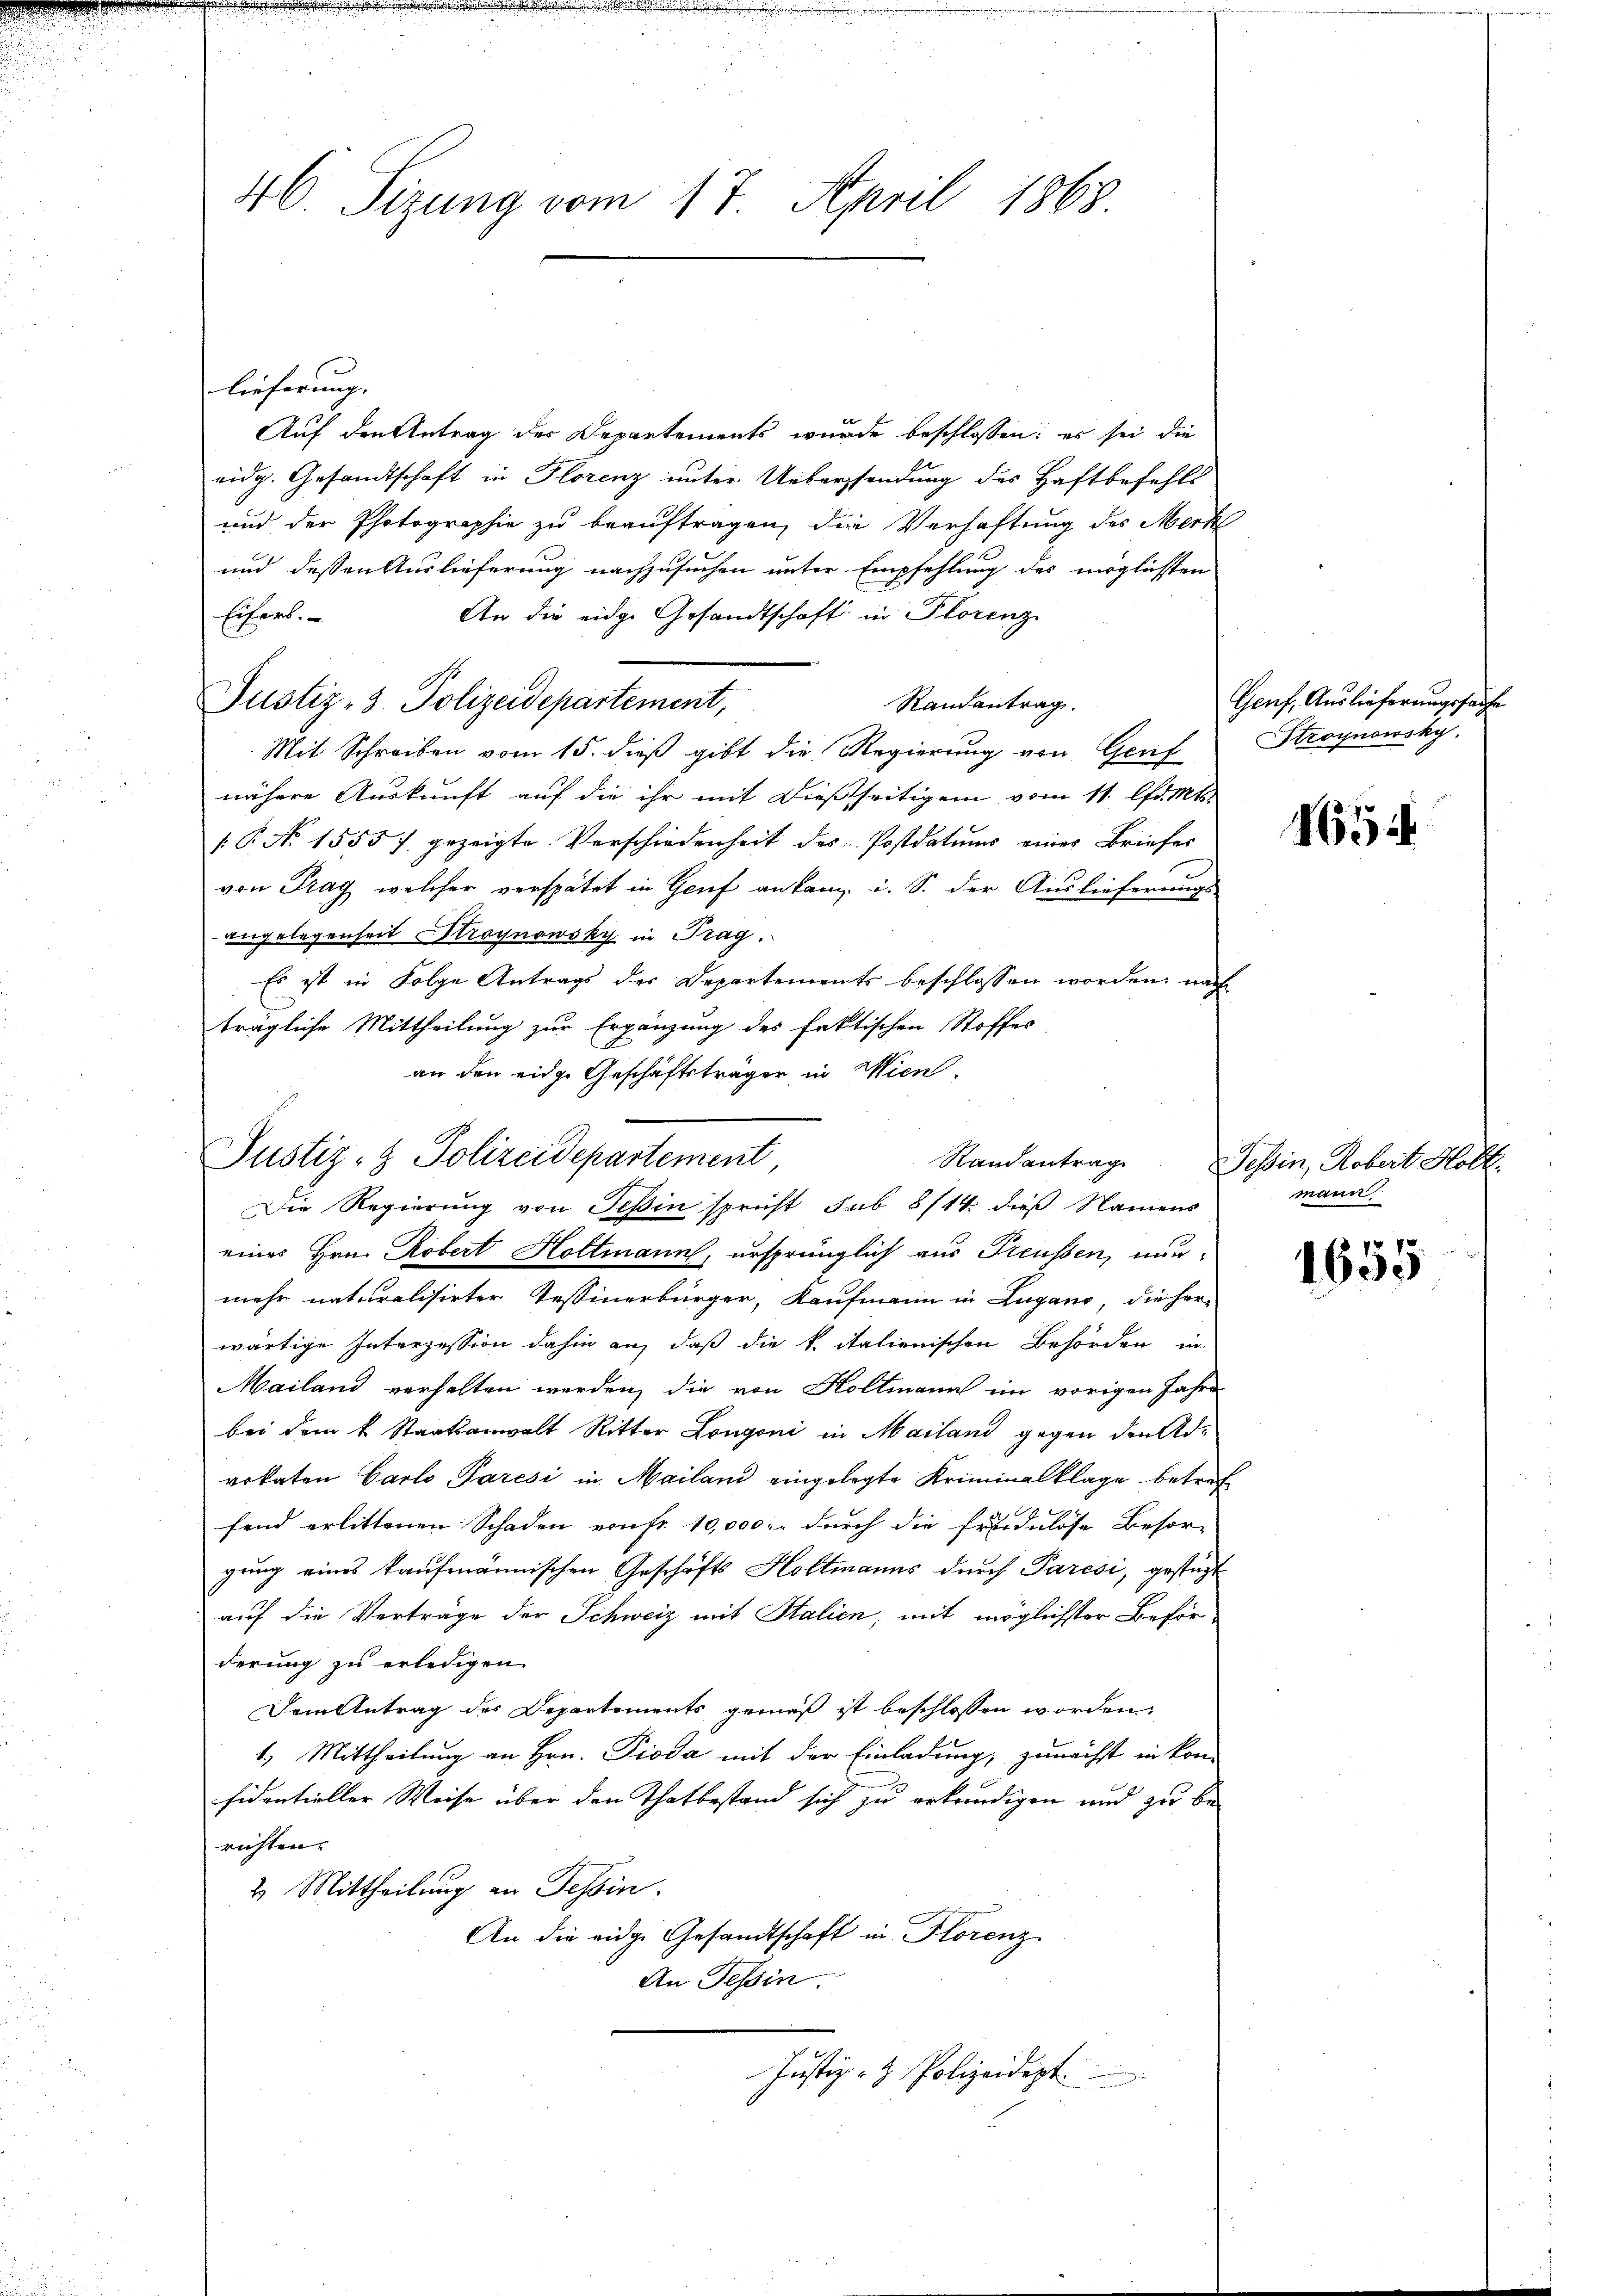
46. Sizung vom 17. April 1868

lieferung.
Auf den Antrag der Departements wurde beschlossen: es sei die
eidg. Gesandtschaft in Florenz unter Uebersendung des Haftbefehls
und der Photographie zu beauftragen, die Verhaftung des Merk
und dessen Auslieferung nachzusuchen unter Empfehlung des möglichten
An die eidge Gesandtschaft in Florenz
Eifers.
Randantrag.
Justiz- & Polizeidepartement,
Mit Schreiben vom 15. dieß gibt die Regierung von Genf
nähere Auskunft auf die ihr mit dießseitigen vom 11. lt. Mts.
[P No 1555 f. gezeigte Verschiedenheit des Postdatums eines Briefes
von Prag, welcher verspätet in Genf ankam, i. S. der Auslieferungs-
angelegenheit Stroynowsky in Trag
Es ist in Folge Antrags der Departements beschlossen worden, nach
trägliche Mittheilung zur Ergänzung des faktischen Stoffes
an den eidge Geschäftsträger in Wien.
eines Hrn. Robert Holtmann, ursprünglich aus Preussen, nunmehr naturalisirter Tessinerbürger, Kaufmann in Lugano, die her-
wärtige Interpession dahin an, daß die k. italienischen Behörden in
Mailand verhalten werden, die von Hollmann ein vorigen Jahre
bei dem k. Staatsanwalt Ritter Longoni in Mailand gegen den Advokaten Carlo Paresi in Mailand eingelegte Kriminalklage betref¬
6
fend erlittenen Schaden von fr. 10,000 durch die Freidelöse Besorgung eines kaufmännischen Geschäfts Holtmanns durch Paresi, gestüzt
auf die Verträge der Schweiz mit Stalien, mit möglichster Beförderung zu erledigen.
Dem Antrag des Departements gemäß ist beschlossen worden.
1.) Mittheilung an Hrn. Pioda mit der Einladung, zunächst in kon-
sidentieller Weise über den Thatbestand sich zu erkendigen und zu berichten.
2. Mittheilung an Tessin.
An die eidge Gesandtschaft in Florenz
An Tessin
Justiz- & Polizeidigt.

Justiz- & Polizeidepartement,

Die Regierung von Teßin spricht sub 8/14. dieß Namens

Genf, Auslieferungssache
Stroynowsky.

1654

Randantrag Tessin, Robert Holl.
mann

1655